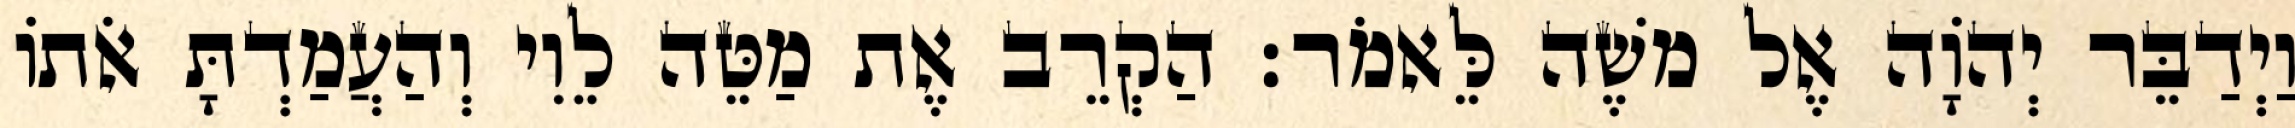
וַיְדַבֵּר יְהוָֹה אֶל משֶׁה לֵּאמֹר׃ הַקְרֵב אֶת מַטֵּה לֵוִי וְהַעֲמַדְתָּ אֹתוֹ